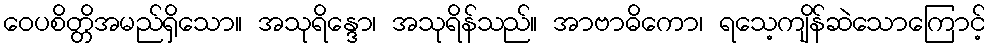
ဝေပစိတ္တိအမည်ရှိသော။ အသုရိန္ဒော၊ အသုရိန်သည်။ အာဗာဓိကော၊ ရသေ့ကျိန်ဆဲသောကြောင့်